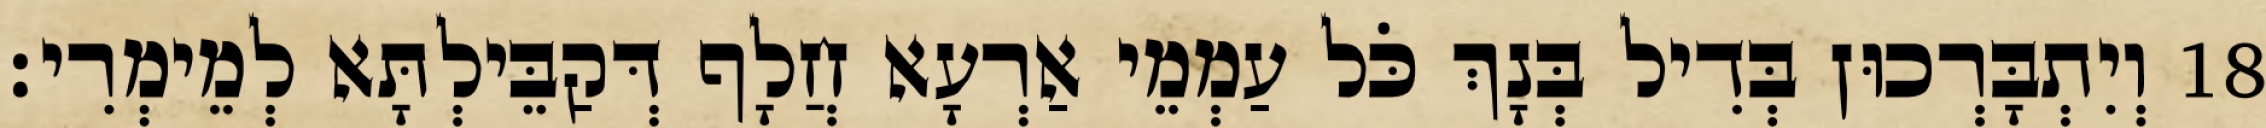
18 וְיִתְבָּרְכוּן בְּדִיל בְּנָךְ כֹּל עַמְמֵי אַרְעָא חֲלָף דְּקַבֵּילְתָּא לְמֵימְרִי׃